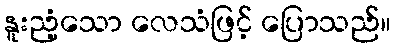
နူးညံ့သော လေသံဖြင့် ပြောသည်။